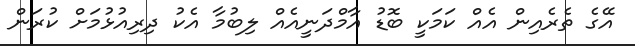
އޭގެ ތެރެއިން އެއް ކަމަކީ ބޮޑު އާމްދަނީއެއް ލިބުމާ އެކު ދިރިއުޅުމަށް ކުރަން